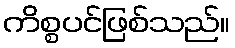
ကိစ္စပင်ဖြစ်သည်။